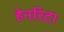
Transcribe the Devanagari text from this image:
हेनरिटा